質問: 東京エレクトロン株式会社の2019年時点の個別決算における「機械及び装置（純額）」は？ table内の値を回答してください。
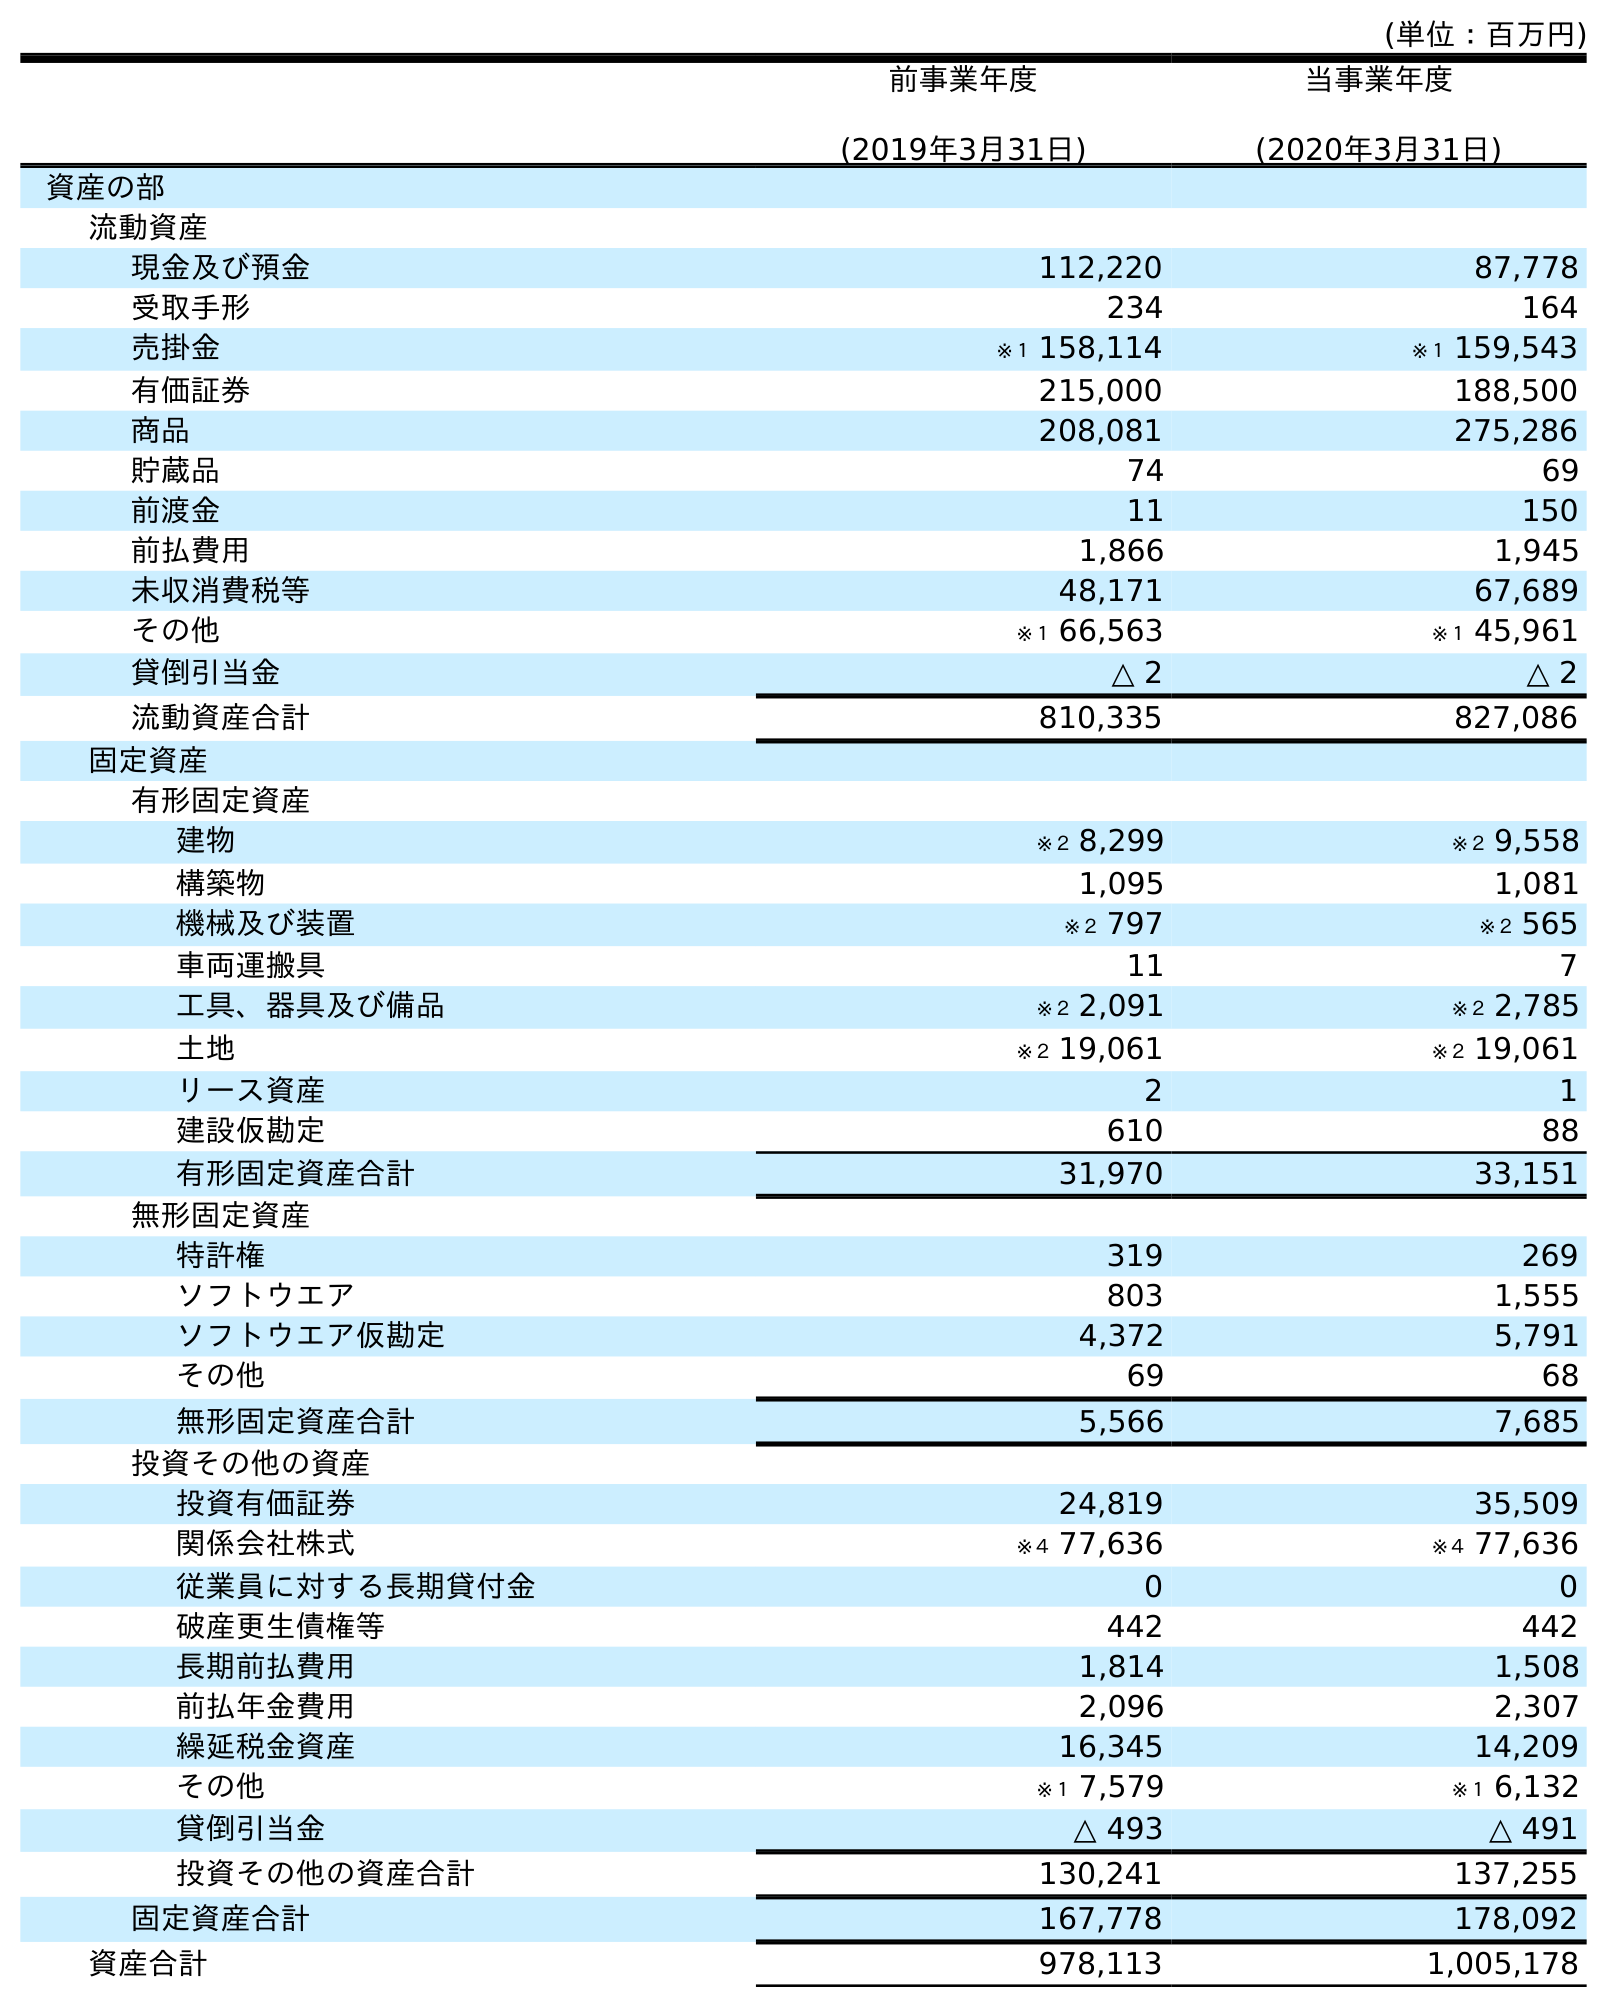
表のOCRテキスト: (単位：百万円) 前事業年度 (2019年3月31日) 当事業年度 (2020年3月31日) 資産の部 流動資産 現金及び預金 112,220 87,778 受取手形 234 164 売掛金 ※１ 158,114 ※１ 159,543 有価証券 215,000 188,500 商品 208,081 275,286 貯蔵品 74 69 前渡金 11 150 前払費用 1,866 1,945 未収消費税等 48,171 67,689 その他 ※１ 66,563 ※１ 45,961 貸倒引当金 △ 2 △ 2 流動資産合計 810,335 827,086 固定資産 有形固定資産 建物 ※２ 8,299 ※２ 9,558 構築物 1,095 1,081 機械及び装置 ※２ 797 ※２ 565 車両運搬具 11 7 工具、器具及び備品 ※２ 2,091 ※２ 2,785 土地 ※２ 19,061 ※２ 19,061 リース資産 2 1 建設仮勘定 610 88 有形固定資産合計 31,970 33,151 無形固定資産 特許権 319 269 ソフトウエア 803 1,555 ソフトウエア仮勘定 4,372 5,791 その他 69 68 無形固定資産合計 5,566 7,685 投資その他の資産 投資有価証券 24,819 35,509 関係会社株式 ※４ 77,636 ※４ 77,636 従業員に対する長期貸付金 0 0 破産更生債権等 442 442 長期前払費用 1,814 1,508 前払年金費用 2,096 2,307 繰延税金資産 16,345 14,209 その他 ※１ 7,579 ※１ 6,132 貸倒引当金 △ 493 △ 491 投資その他の資産合計 130,241 137,255 固定資産合計 167,778 178,092 資産合計 978,113 1,005,178
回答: ※２797